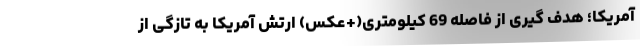
آمریکا؛ هدف گیری از فاصله 69 کیلومتری(+عکس) ارتش آمریکا به تازگی از